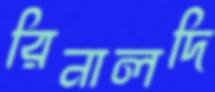
রিনালদি